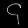
Digit: ၄